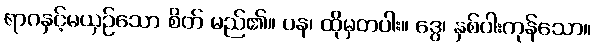
ရာဂနှင့်မယှဉ်သော စိတ် မည်၏။ ပန၊ ထိုမှတပါး။ ဒွေ၊ နှစ်ပါးကုန်သော။